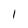
Character: 1